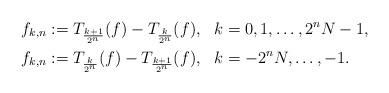
LaTeX: \begin{align*}f_{k,n}&:=T_{\frac{k+1}{2^n}}(f) - T_{\frac{k}{2^n}}(f),\ \ k=0,1,\dots, 2^n N-1,\\f_{k,n}&:=T_{\frac{k}{2^n}}(f) - T_{\frac{k+1}{2^n}}(f),\ \ k=-2^n N,\dots, -1. \end{align*}